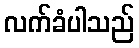
လက်ခံပါသည်